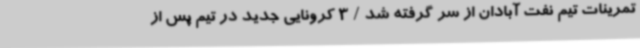
تمرینات تیم نفت آبادان از سر گرفته شد / 3 کرونایی جدید در تیم پس از